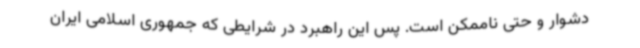
دشوار و حتی ناممکن است. پس این راهبرد در شرایطی که جمهوری اسلامی ایران